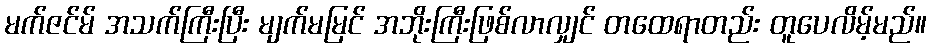
မက်ဇင်မ် အသက်ကြီးပြီး မျက်မမြင် အဘိုးကြီးဖြစ်လာလျှင် တထေရာတည်း တူပေလိမ့်မည်။